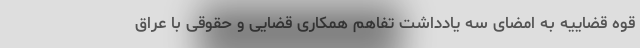
قوه قضاییه به امضای سه یادداشت تفاهم همکاری قضایی و حقوقی با عراق